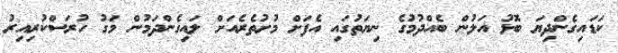
ކަޑައިގެންދިޔަ ބޮޅު އަލުން ބެއްދުމުގެ ނިޔަތުގައި އެފަށް މުށުތެރެއަށް ލައިގެންދަމުން މަގު ހުރަސްކުރިއިރު